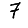
Digit: 7